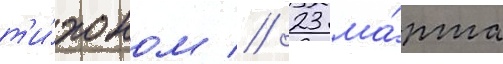
т'и́хоном // 23 ма́рта